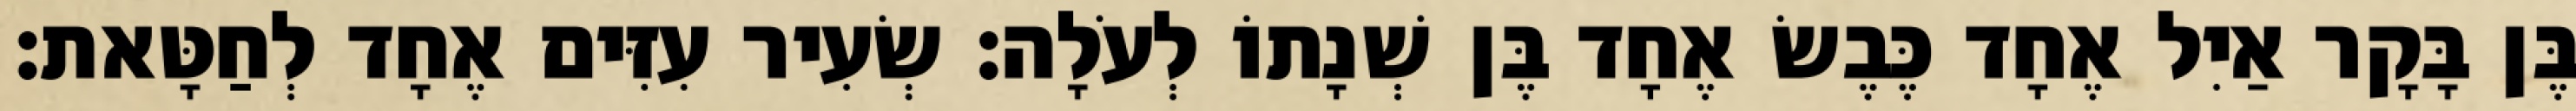
בֶּן בָּקָר אַיִל אֶחָד כֶּבֶשׂ אֶחָד בֶּן שְׁנָתוֹ לְעֹלָה׃ שְׂעִיר עִזִּים אֶחָד לְחַטָּאת׃